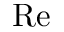
\mathrm { R e }